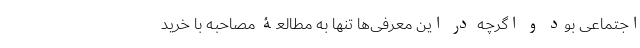
اجتماعی بود و اگرچه در این معرفی‌ها تنها به مطالعۀ مصاحبه با خرید